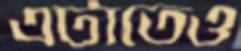
এটাতেও